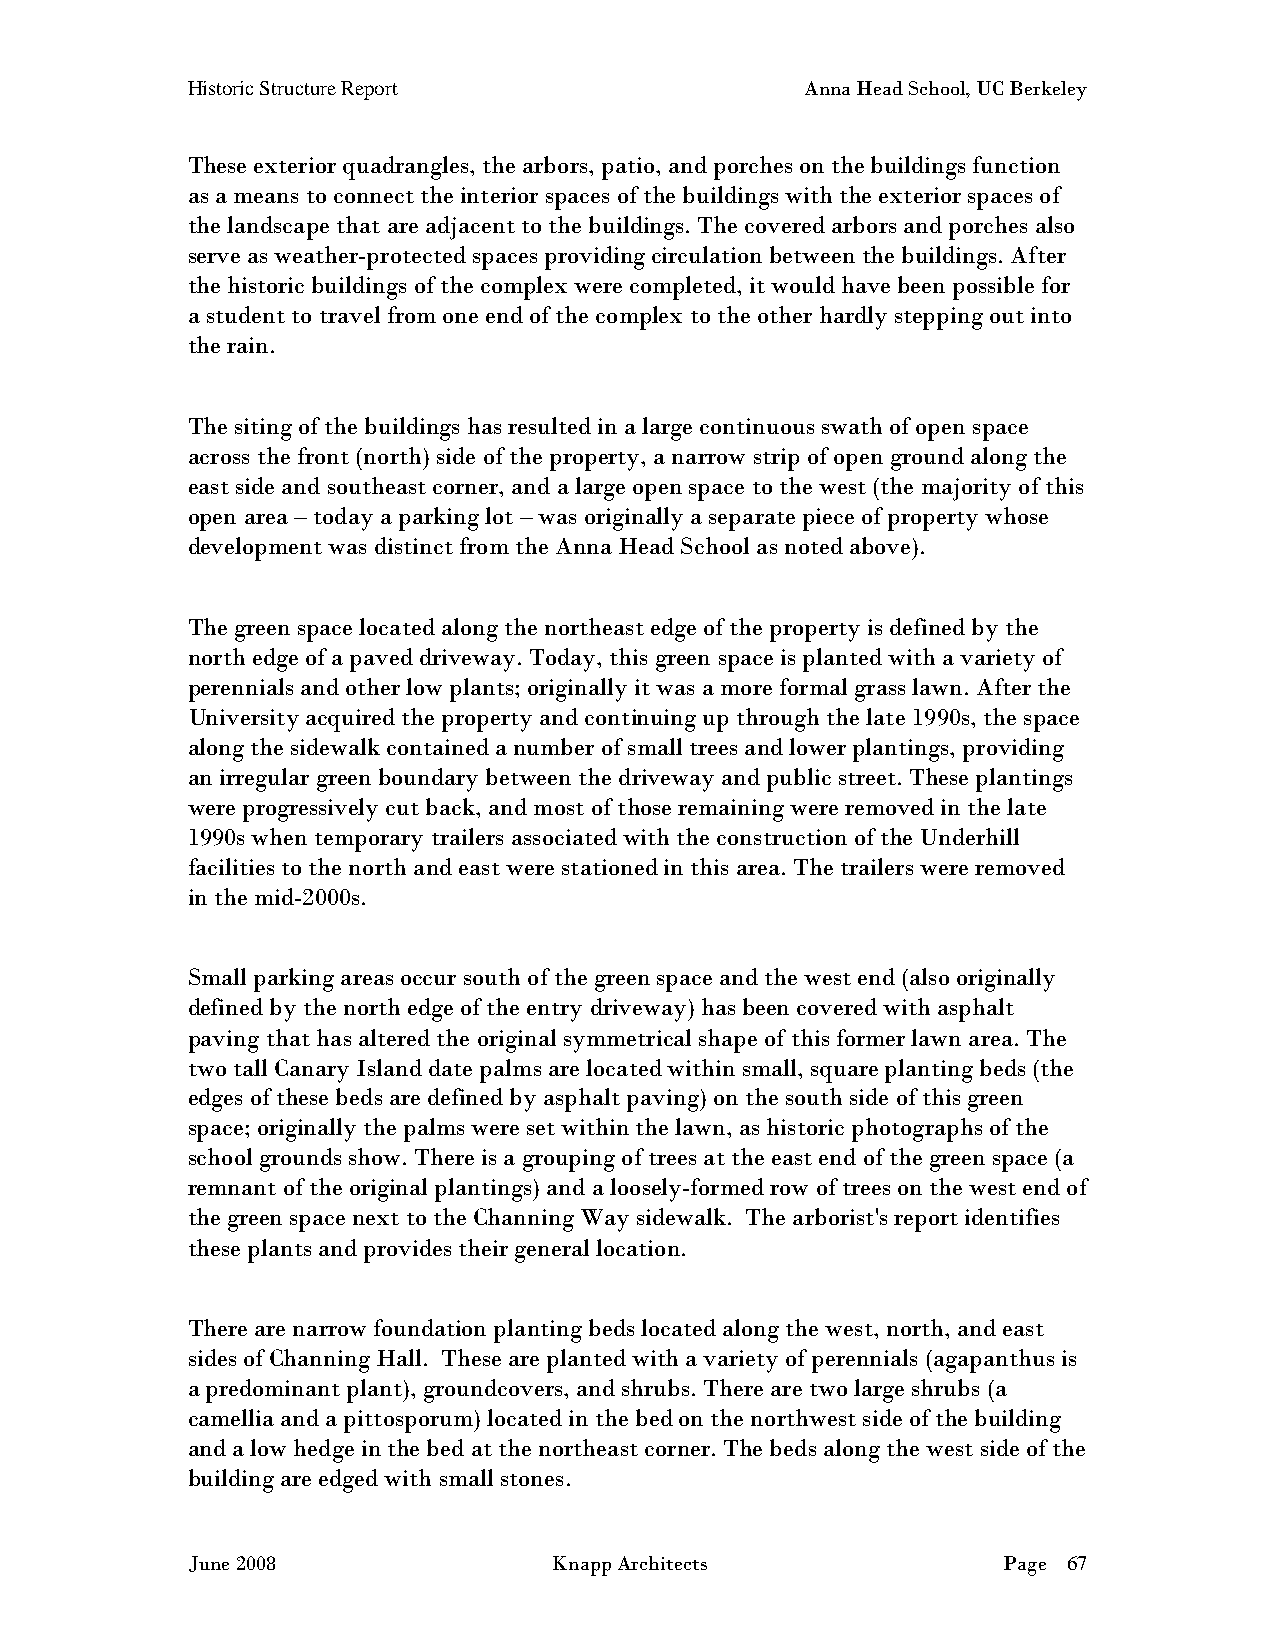
Historic Structure Report                Anna Head School, UC Berkeley
 These exterior quadrangles, the arbors, patio, and porches on the buildings function
 as a means to connect the interior spaces of the buildings with the exterior spaces of
 the landscape that are adjacent to the buildings. The covered arbors and porches also
 serve as weather-protected spaces providing circulation between the buildings. After
 the historic buildings of the complex were completed, it would have been possible for
 a student to travel from one end of the complex to the other hardly stepping out into
 the rain.
 The siting of the buildings has resulted in a large continuous swath of open space
 across the front (north) side of the property, a narrow strip of open ground along the
 east side and southeast corner, and a large open space to the west (the majority of this
 open area – today a parking lot – was originally a separate piece of property whose
 development was distinct from the Anna Head School as noted above).
 The green space located along the northeast edge of the property is defined by the
 north edge of a paved driveway. Today, this green space is planted with a variety of
 perennials and other low plants; originally it was a more formal grass lawn. After the
 University acquired the property and continuing up through the late 1990s, the space
 along the sidewalk contained a number of small trees and lower plantings, providing
 an irregular green boundary between the driveway and public street. These plantings
 were progressively cut back, and most of those remaining were removed in the late
 1990s when temporary trailers associated with the construction of the Underhill
 facilities to the north and east were stationed in this area. The trailers were removed
 in the mid-2000s.
 Small parking areas occur south of the green space and the west end (also originally
 defined by the north edge of the entry driveway) has been covered with asphalt
 paving that has altered the original symmetrical shape of this former lawn area. The
 two tall Canary Island date palms are located within small, square planting beds (the
 edges of these beds are defined by asphalt paving) on the south side of this green
 space; originally the palms were set within the lawn, as historic photographs of the
 school grounds show. There is a grouping of trees at the east end of the green space (a
 remnant of the original plantings) and a loosely-formed row of trees on the west end of
 the green space next to the Channing Way sidewalk. The arborist's report identifies
 these plants and provides their general location.
 There are narrow foundation planting beds located along the west, north, and east
 sides of Channing Hall. These are planted with a variety of perennials (agapanthus is
 a predominant plant), groundcovers, and shrubs. There are two large shrubs (a
 camellia and a pittosporum) located in the bed on the northwest side of the building
 and a low hedge in the bed at the northeast corner. The beds along the west side of the
 building are edged with small stones.
 June 2008                Knapp Architects             Page 67